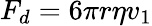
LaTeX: F_{d}=6\pi r\eta v_{1}